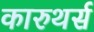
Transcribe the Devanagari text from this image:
कारुथर्स